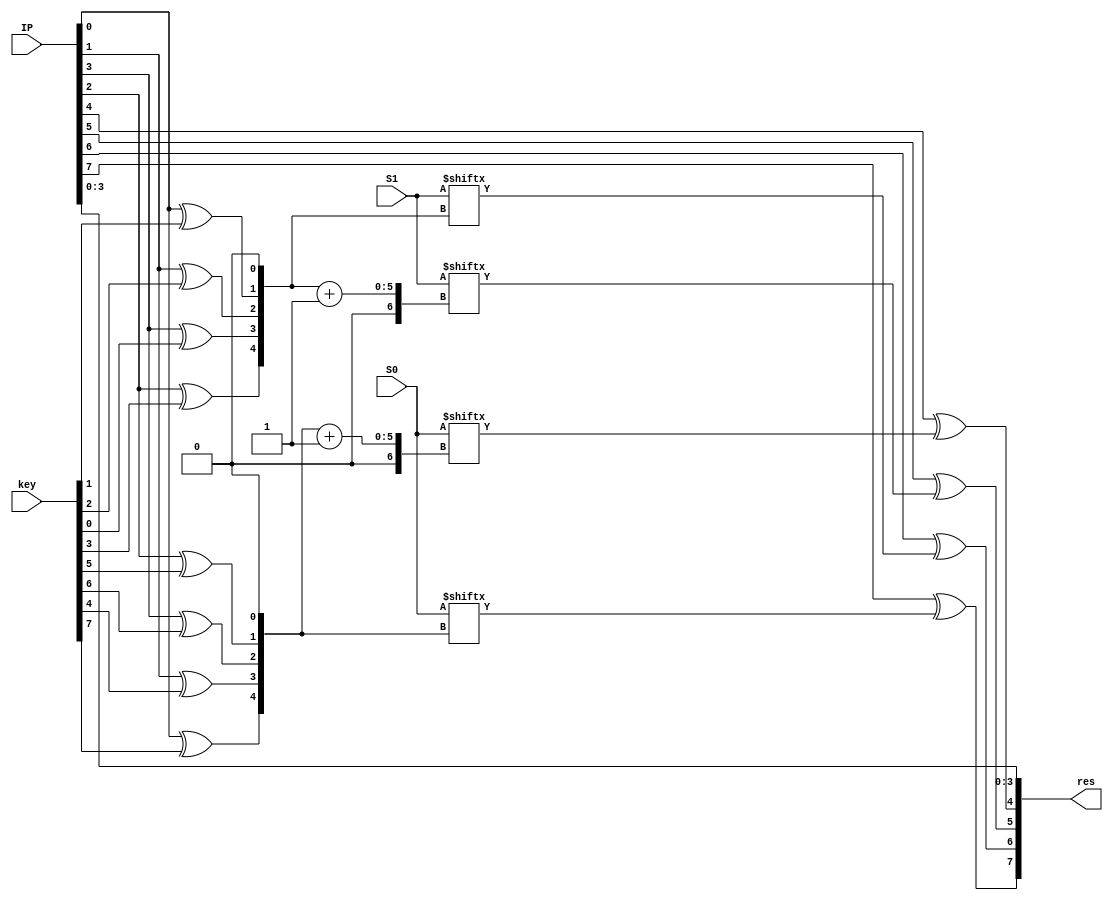
module S_DES_Fk(IP, key, S0, S1, res);

input [7:0] IP, key;
input [31:0] S0,S1;
output [7:0] res;

wire [4:0] index0, index1;

assign index0[4:0] = {IP[0] ^ key[7], IP[1] ^ key[4], IP[3] ^ key[6], IP[2] ^ key[5], 1'b0}; 
assign index1[4:0] = {IP[2] ^ key[3], IP[3] ^ key[0], IP[1] ^ key[2], IP[0] ^ key[1], 1'b0}; 

assign res[7:4] = {IP[7] ^ S0[index0], IP[6] ^ S1[index1], IP[5] ^ S1[index1+1], IP[4] ^ S0[index0+1]}; 
assign res[3:0] = IP[3:0] ;

endmodule